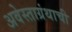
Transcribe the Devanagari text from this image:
अवेस्ताग्रंथाची